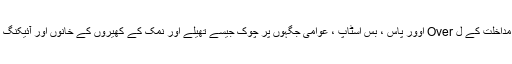
ٹیموں کے ذریعہ مداخلت کے ل Over اوور پاس ، بس اسٹاپ ، عوامی جگہوں پر چوک جیسے تھیلے اور نمک کے کھیروں کے خانوں اور آئیکنگ کو رکھا جائے گا۔